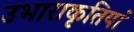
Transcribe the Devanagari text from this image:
उभाराकृतियां